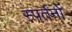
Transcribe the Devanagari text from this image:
स्पर्तनों